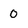
Character: 0